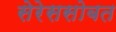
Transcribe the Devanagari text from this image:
सेरेससोबत